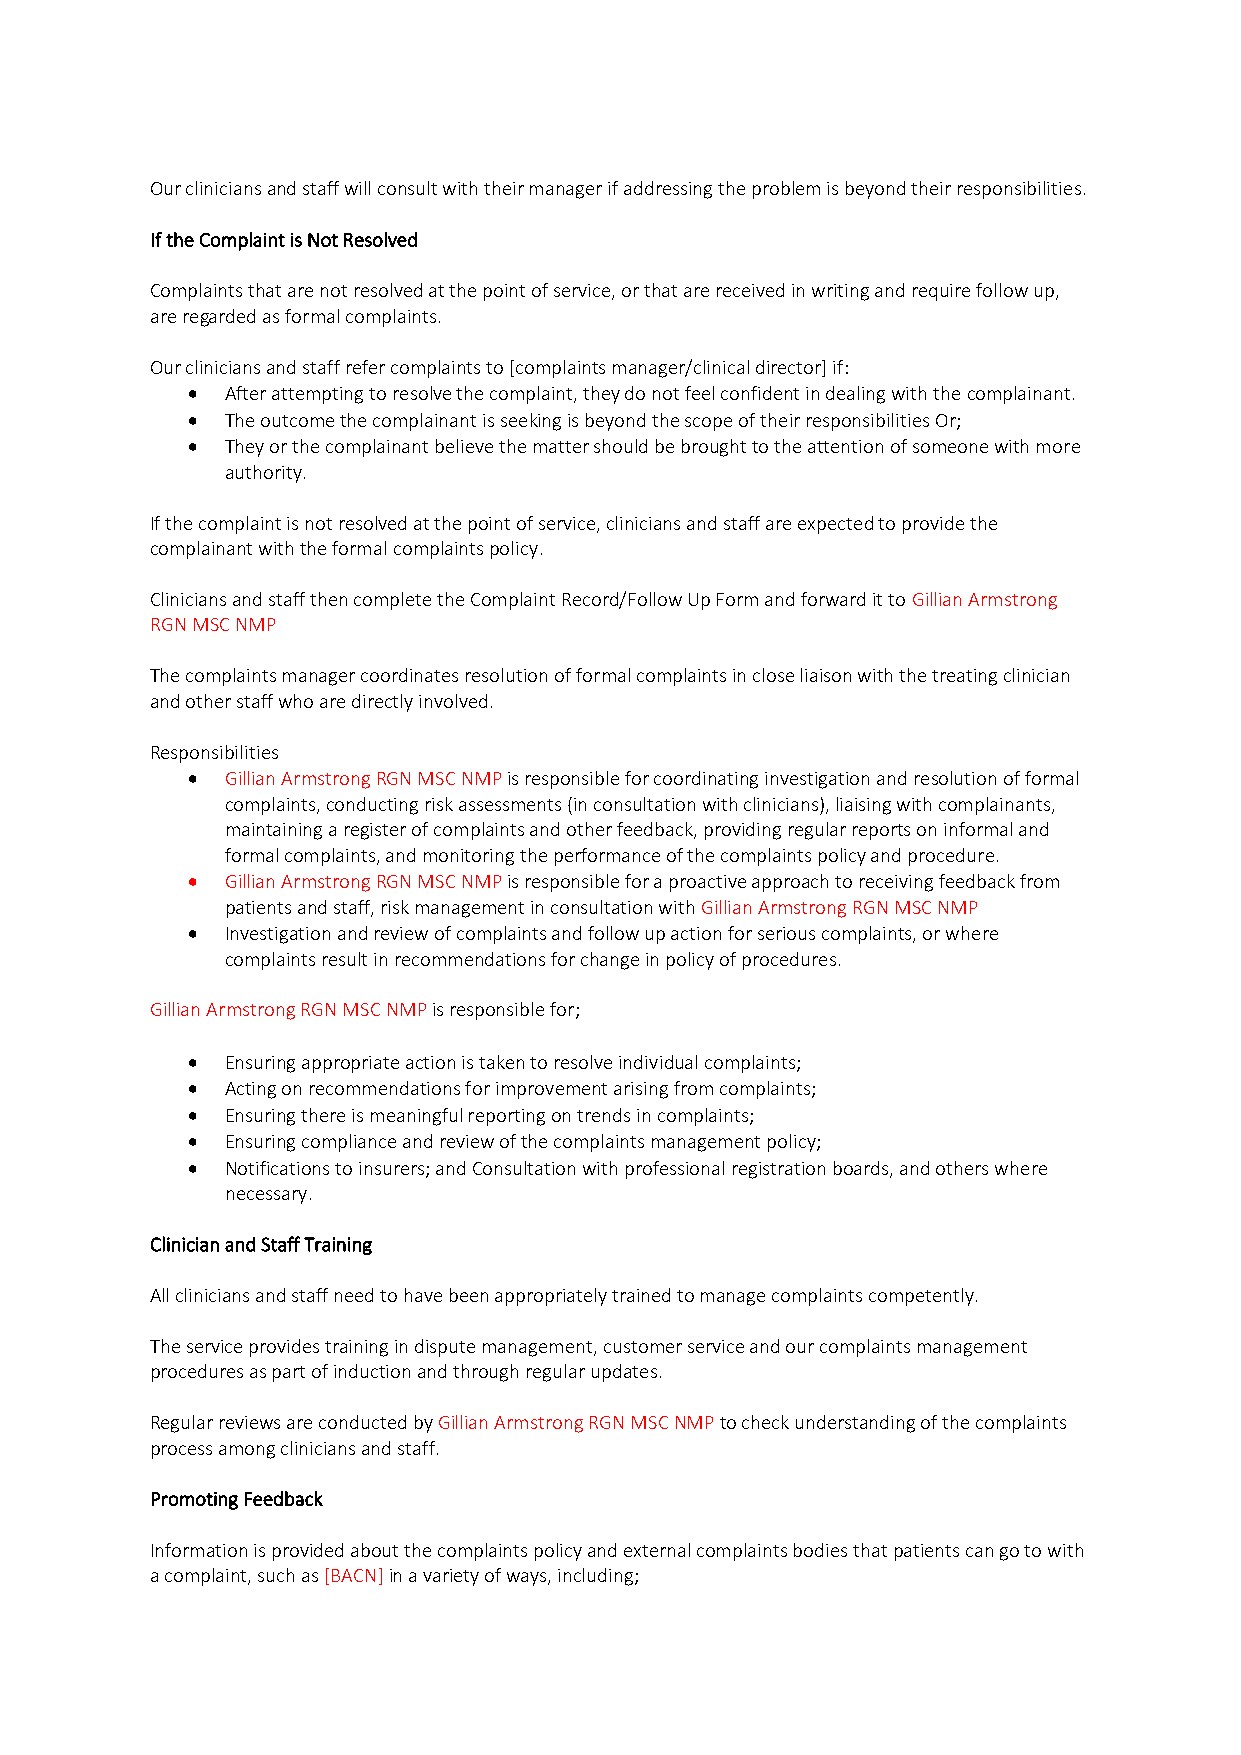
Our clinicians and staff will consult with their manager if addressing the problem is beyond their responsibilities.
 If the Complaint is Not Resolved
 Complaints that are not resolved at the point of service, or that are received in writing and require follow up,
 are regarded as formal complaints.
 Our clinicians and staff refer complaints to [complaints manager/clinical director] if:
 •  After attempting to resolve the complaint, they do not feel confident in dealing with the complainant.
 •  The outcome the complainant is seeking is beyond the scope of their responsibilities Or;
 •  They or the complainant believe the matter should be brought to the attention of someone with more
 authority.
 If the complaint is not resolved at the point of service, clinicians and staff are expected to provide the
 complainant with the formal complaints policy.
 Clinicians and staff then complete the Complaint Record/Follow Up Form and forward it to Gillian Armstrong
 RGN MSC NMP
 The complaints manager coordinates resolution of formal complaints in close liaison with the treating clinician
 and other staff who are directly involved.
 Responsibilities
 •  Gillian Armstrong RGN MSC NMP is responsible for coordinating investigation and resolution of formal
 complaints, conducting risk assessments (in consultation with clinicians), liaising with complainants,
 maintaining a register of complaints and other feedback, providing regular reports on informal and
 formal complaints, and monitoring the performance of the complaints policy and procedure.
 •  Gillian Armstrong RGN MSC NMP is responsible for a proactive approach to receiving feedback from
 patients and staff, risk management in consultation with Gillian Armstrong RGN MSC NMP
 •  Investigation and review of complaints and follow up action for serious complaints, or where
 complaints result in recommendations for change in policy of procedures.
 Gillian Armstrong RGN MSC NMP is responsible for;
 •  Ensuring appropriate action is taken to resolve individual complaints;
 •  Acting on recommendations for improvement arising from complaints;
 •  Ensuring there is meaningful reporting on trends in complaints;
 •  Ensuring compliance and review of the complaints management policy;
 •  Notifications to insurers; and Consultation with professional registration boards, and others where
 necessary.
 Clinician and Staff Training
 All clinicians and staff need to have been appropriately trained to manage complaints competently.
 The service provides training in dispute management, customer service and our complaints management
 procedures as part of induction and through regular updates.
 Regular reviews are conducted by Gillian Armstrong RGN MSC NMP to check understanding of the complaints
 process among clinicians and staff.
 Promoting Feedback
 Information is provided about the complaints policy and external complaints bodies that patients can go to with
 a complaint, such as [BACN] in a variety of ways, including;